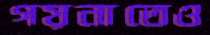
গয়নাতেও